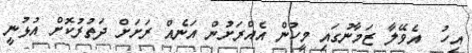
އިހު  އެވޭލާ ޒަމާނުގައި މީހުން އެއްރަށުން އަނެއް ރަށަށް ދަތުރުކޮށް އުޅުނީ